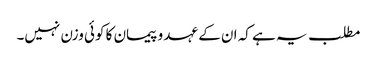
مطلب یہ ہے کہ ان کے عہد و پیمان کا کوئی وزن نہیں۔